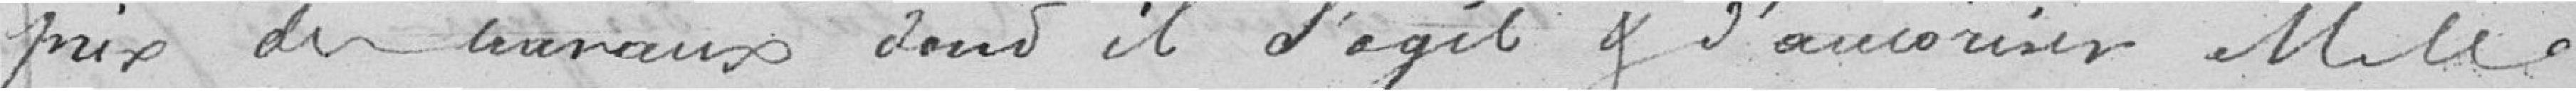
pris des travaux dont il s'agit et d'autoriser M. le